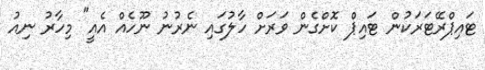
ޓައިޕްރޭޓަރަކުން ޓައިޕް ކޮށްގެން ވަރަށް ހާލުގައި ނެރުނު ނޫހެއް އެއީ" މިހާރު ނިއު